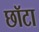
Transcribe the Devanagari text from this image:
छॉटा